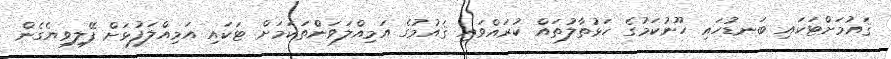
ޤައުމަށްޓަކައި ބަނޑުހައި ހޫނުކަމުގެ ހަޅުތާލުތައް ކުރައްވައި ޤައުމުގެ އަމިއްލަވަންްތަކަމަށް ޓަކައި އަމިއްލަފުޅަށް ފޭލިވިޔެގެން